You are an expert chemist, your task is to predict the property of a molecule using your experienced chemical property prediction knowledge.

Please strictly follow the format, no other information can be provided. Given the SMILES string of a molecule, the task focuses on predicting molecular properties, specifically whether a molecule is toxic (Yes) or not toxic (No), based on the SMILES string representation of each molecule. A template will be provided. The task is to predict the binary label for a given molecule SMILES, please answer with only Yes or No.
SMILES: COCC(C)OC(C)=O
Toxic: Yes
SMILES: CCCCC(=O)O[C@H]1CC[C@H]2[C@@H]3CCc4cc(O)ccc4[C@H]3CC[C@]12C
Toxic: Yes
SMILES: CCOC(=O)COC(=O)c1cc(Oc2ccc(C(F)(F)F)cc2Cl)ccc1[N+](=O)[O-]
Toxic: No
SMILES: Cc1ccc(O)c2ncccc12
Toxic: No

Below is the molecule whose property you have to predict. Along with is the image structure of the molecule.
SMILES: Nc1ccc(Cl)c(N)c1
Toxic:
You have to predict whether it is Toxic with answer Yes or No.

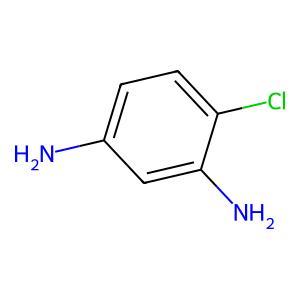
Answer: No